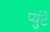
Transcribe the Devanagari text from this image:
प्युंटे